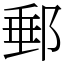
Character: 郵